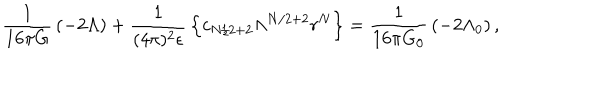
{ \frac { 1 } { 1 6 \pi G } } \left( - 2 \Lambda \right) + { \frac { 1 } { ( 4 \pi ) ^ { 2 } \epsilon } } \left\{ c _ { N / 2 + 2 } \Lambda ^ { N / 2 + 2 } r ^ { N } \right\} = { \frac { 1 } { 1 6 \pi G _ { 0 } } } \left( - 2 \Lambda _ { 0 } \right) ,